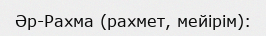
Әр-Рахма (рахмет, мейірім):